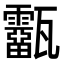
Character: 𤮷